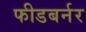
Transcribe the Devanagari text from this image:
फीडबर्नर